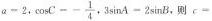
a-2，$$cos C - - \frac { 1 } { 4 }$$，$$3 sin A - 2 sin B$$，则c-